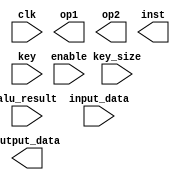
module quick_aes(
    input enable, // control
    input clk, // control
    
    output [4095:0] op1, // ALU bus, shared resource
    output [4095:0] op2, // ALU bus, shared resource
    output [3:0] inst, // ALU bus, shared resource
    input [4095:0] alu_result, // ALU bus, shared resource
    
    input [4095:0] input_data,
    input [2:0] key_size, // one-hot-bit encoding of keysize; either 128, 192, or 256 bit (msb-lsb)
    input [255:0] key,
    output [4095:0] output_data
    );
    
    reg [3:0] max_rounds;
    
    wire [4095:0] state;
    
    always @(*)
        if (enable)
        begin
            case (key_size)
                3'b001:
                begin
                    max_rounds = 1'hA; // 128 bit, 10 rounds
                end
                3'b010:
                begin
                    max_rounds = 1'hC; // 192 bit, 12 rounds
                end
                3'b100:
                begin
                    max_rounds = 1'hE; // 256 bit, 14 rounds
                end
            endcase
            
        end
        // Cipher(byte in[4 * Nb],
        // byte out[4 * Nb], word w[Nb * (Nr + 1)])
        // begin byte    state[4,Nb] state = in AddRoundKey(state, w)
        // for round = 1 step 1 to Nr - 1 SubBytes(state) ShiftRows(state)
        // MixColumns(state) AddRoundKey(state, w + round * Nb) end for
        // SubBytes(state) ShiftRows(state) AddRoundKey(state, w + Nr * Nb)
        // out = state end
endmodule